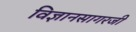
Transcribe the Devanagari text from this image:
विज्ञानसागरजी